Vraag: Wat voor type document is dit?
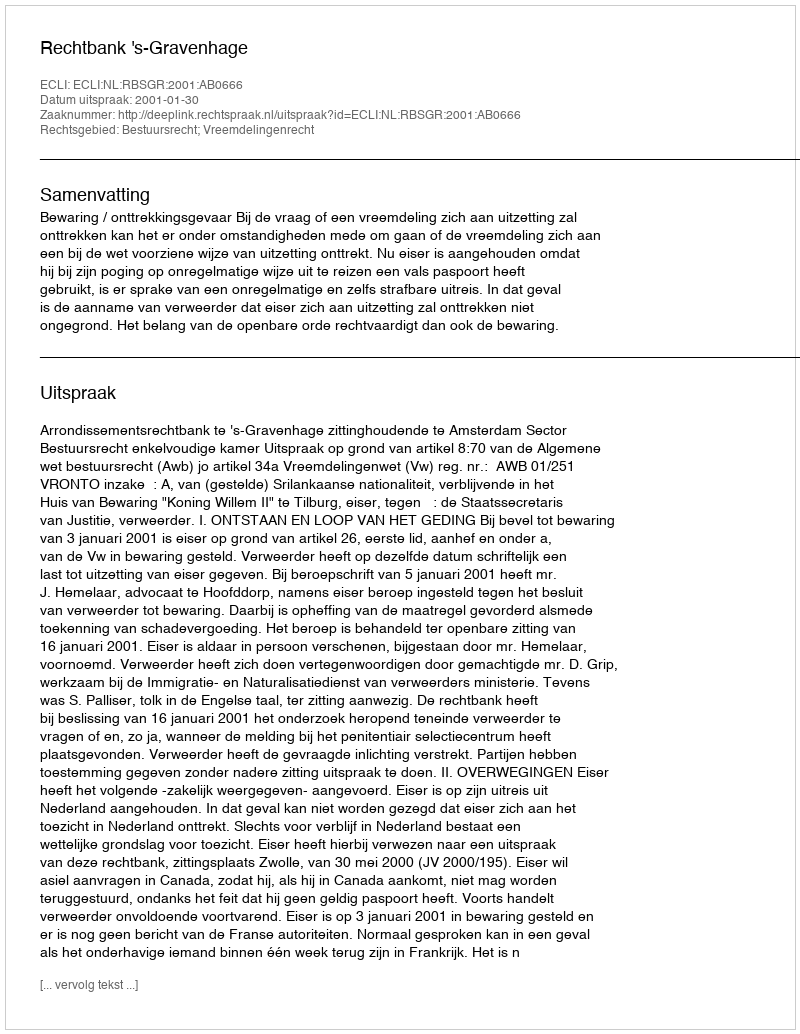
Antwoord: Uitspraak